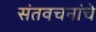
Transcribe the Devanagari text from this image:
संतवचनांचे